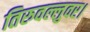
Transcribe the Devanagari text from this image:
तिरुवल्लुवर।